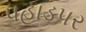
પહાડપર